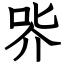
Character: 㖎